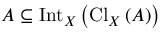
A \subseteq \operatorname { I n t } _ { X } \left( \operatorname { C l } _ { X } \left( A \right) \right)